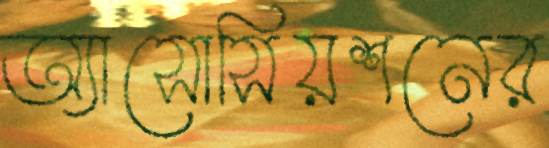
অ্যাসোসিয়শনের